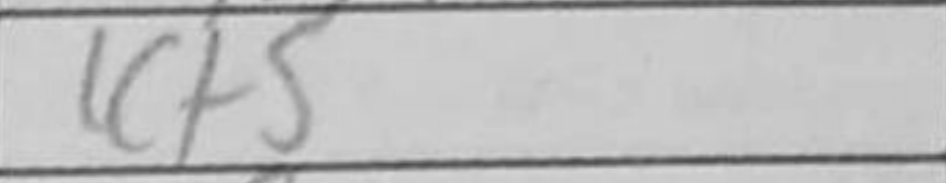
Transcription: Kg6